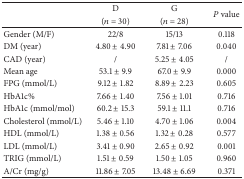
|  | D | G | <ROWSPAN=2> P value |
 |  | (n = 30) | (n = 28) |
 | --- | --- | --- | --- |
 | Gender (M/F) | 22/8 | 15/13 | 0.118 |
 | DM (year) | 4.80 ± 4.90 | 7.81 ± 7.06 | 0.040 |
 | CAD (year) | / | 5.25 ± 4.05 | / |
 | Mean age | 53.1 ± 9.9 | 67.0 ± 9.9 | 0.000 |
 | FPG (mmol/L) | 9.12 ± 1.82 | 8.89 ± 2.23 | 0.605 |
 | HbA1c% | 7.66 ± 1.40 | 7.56 ± 1.01 | 0.716 |
 | HbA1c (mmol/mol) | 60.2 ± 15.3 | 59.1 ± 11.1 | 0.716 |
 | Cholesterol (mmol/L) | 5.46 ± 1.10 | 4.70 ± 1.06 | 0.004 |
 | HDL (mmol/L) | 1.38 ± 0.56 | 1.32 ± 0.28 | 0.577 |
 | LDL (mmol/L) | 3.41 ± 0.90 | 2.65 ± 0.92 | 0.001 |
 | TRIG (mmol/L) | 1.51 ± 0.59 | 1.50 ± 1.05 | 0.960 |
 | A/Cr (mg/g) | 11.86 ± 7.05 | 13.48 ± 6.69 | 0.371 |